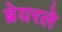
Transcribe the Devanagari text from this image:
ब्रेयरले